Leaving Certificate Examination, 1918
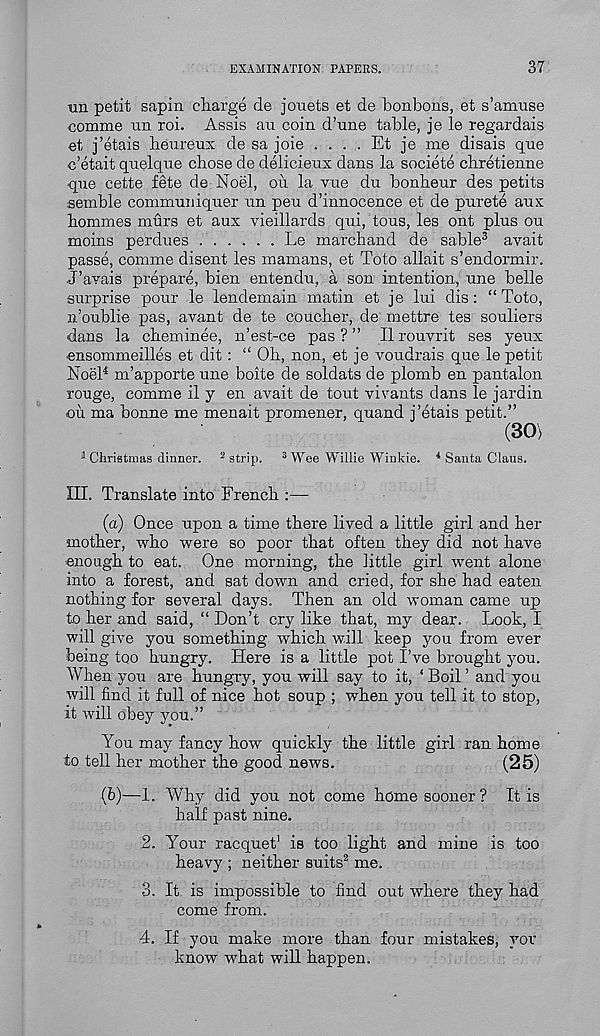
EXAMINATION PAPERS.
37
xin petit sapin charge de jouets et de bonbons, et s’amuse
comme un roi. Assis an coin d’une table, je le regardais
et j’etais heureux de sa joie . . . . Et je me disais que
c’etait quelque chose de delicieux dans la societe chretienne
que cette fete de Noel, on la vue du bonheur des petits
semble communiquer un peu d’innocence et de purete aux
homines murs et aux vieillards qui, tous, les ont plus on
moins perdues
Le march and de sable 3 avait
passe, comme disent les mamans, et Toto allait s’endormir.
J’avais prepare, bien entendu, a son intention, une belle
surprise pour le lendemain matin et je lui dis: “ Toto,
n’oublie pas, avant de te coucher, de mettre tes souliers
dans la cheminee, n’est-ce pas?” Ilrouvrit ses yeux
ensommeilles et dit : “ Oh, non, et je voudrais que le petit
Noel 4 m’apporte une boite de soldats de plomb en pantalon
rouge, comme il y en avait de tout vivants dans le jardin
oil ma bonne me menait promener, quand j’etais petit.”
(30)
a Cliristmas dinner. 2 strip. 3 Wee Willie Winkie. 4 Santa Claus.
III. Translate into French :—-
(a) Once upon a time there lived a little girl and her
mother, who were so poor that often they did not have
enough to eat. One morning, the little girl went alone
into a forest, and sat down and cried, for she had eaten
nothing for several days. Then an old woman came up
to her and said, “ Don’t cry like that, my dear. Look, I
will give you something which will keep you from ever
being too hungry. Here is a little pot I’ve brought you.
When you are hungry, you will say to it, ‘ Boil ’ and you
will find it full of nice hot soup ; when you tell it to stop,
it will obey you.”
You may fancy how quickly the little girl ran home
to tell her mother the good news.
(25)
(b)
—1. Why did you not come
half past nine.
2. Your racquet 1 is too light and mine is too
heavy ; neither suits 2 me.
3. It is impossible to find out where they had
come from.
4. If you make more than four mistakes, yoi"
know what will happen.